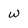
Character: w